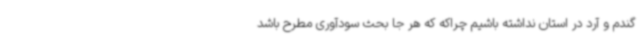
گندم و آرد در استان نداشته باشیم چراکه که هر جا بحث سودآوری مطرح باشد